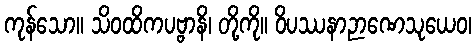
ကုန်သော။ သိဝထိကပဗ္ဗာနိ၊ တို့ကို။ ဝိပဿနာဉာဏေသုယေဝ၊